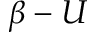
\beta - U